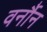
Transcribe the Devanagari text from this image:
वर्नौन